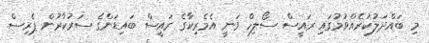
މި ބައްދަލުކުރެއްވުމުގައި ރައީސް ސޯލިހް ވަނީ އެމެރިކާގެ ރައީސް ބައިޑަންގެ ސަރުކާރުން ޕެރިސް